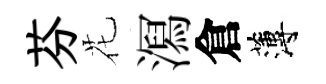
芬花㵼倉薄